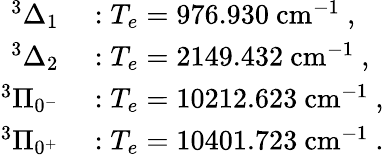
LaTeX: \begin{array}{rl}{^3\Delta_{1}}&{{}:T_{e}=976.930~\mathrm{cm}^{-1}\ ,}\\ {^3\Delta_{2}}&{{}:T_{e}=2149.432~\mathrm{cm}^{-1}\ ,}\\ {^3\Pi_{0^{-}}}&{{}:T_{e}=10212.623~\mathrm{cm}^{-1}\ ,}\\ {^3\Pi_{0^{+}}}&{{}:T_{e}=10401.723~\mathrm{cm}^{-1}\ .}\end{array}